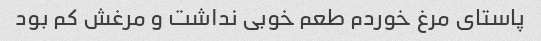
پاستای مرغ خوردم طعم خوبی نداشت و مرغش کم بود